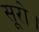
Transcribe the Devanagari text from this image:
सूरो।